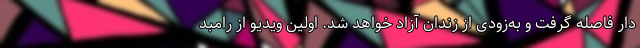
دار فاصله گرفت و به‌زودی از زندان آزاد خواهد شد. اولین ویدیو از رامبد